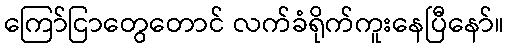
ကြော်ငြာတွေတောင် လက်ခံရိုက်ကူးနေပြီနော်။